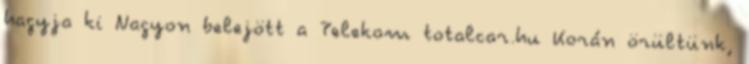
hagyja ki Nagyon belejött a Telekom totalcar.hu Korán örültünk,